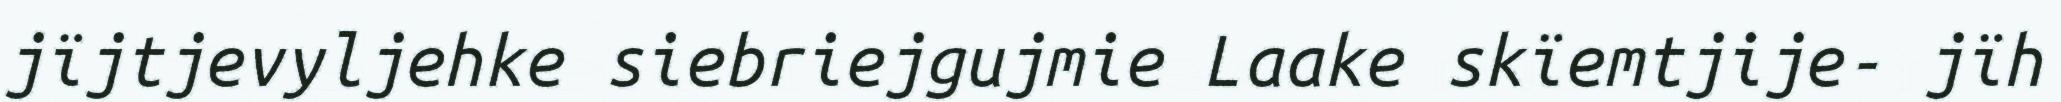
jïjtjevyljehke siebriejgujmie Laake skïemtjije- jïh